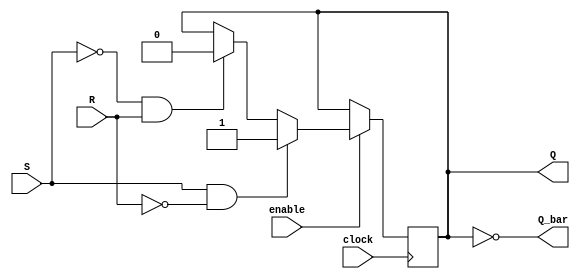
module Gated_SR_FlipFlop (
    input S,
    input R,
    input enable,
    input clock,
    output reg Q,
    output reg Q_bar
);

always @(posedge clock) begin
    if (enable == 1) begin
        if (S == 1 && R == 0)
            Q <= 1;
        else if (S == 0 && R == 1)
            Q <= 0;
    end
end

assign Q_bar = ~Q;

endmodule